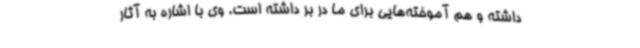
داشته و هم آموخته‌هایی برای ما در بر داشته است. وی با اشاره به آثار